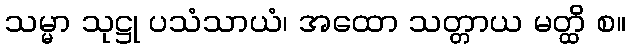
သမ္မာ သုဋ္ဌု ပသံသာယံ၊ အထော သတ္တာယ မတ္ထိ စ။